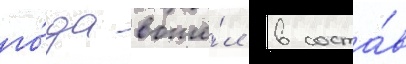
го́да вошё́л в соста́в